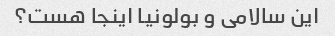
این سالامی و بولونیا اینجا هست؟